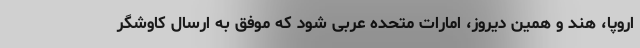
اروپا، هند و همین دیروز، امارات متحده عربی شود که موفق به ارسال کاوشگر